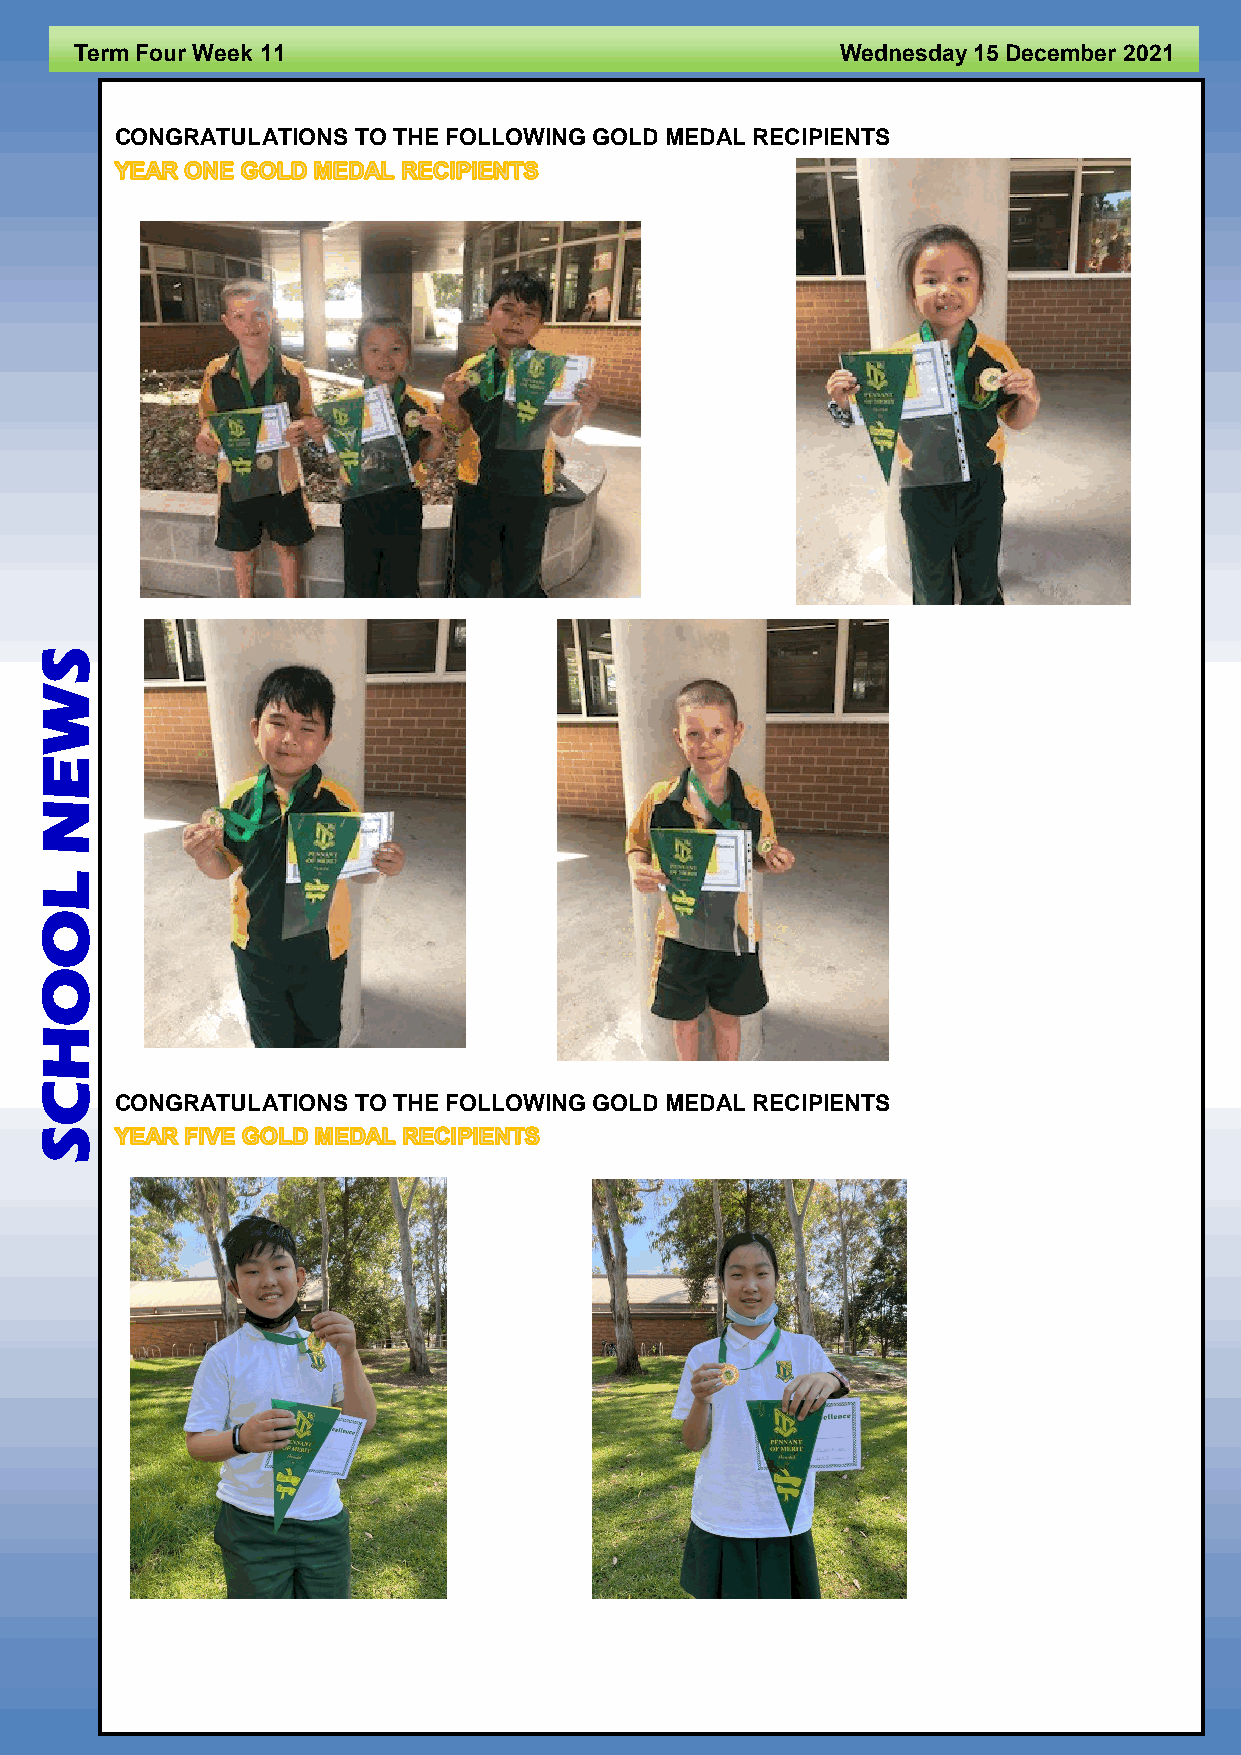
Term Four Week 11                                  Wednesday 15 December 2021
 CONGRATULATIONS TO THE FOLLOWING GOLD MEDAL RECIPIENTS
 S
 W
 E
 N
 L
 O
 O
 H
 C
 CONGRATULATIONS TO THE FOLLOWING GOLD MEDAL RECIPIENTS
 S